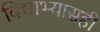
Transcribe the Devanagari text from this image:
विद्याभ्यासही